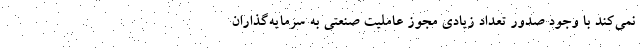
نمی‌کند با وجود صدور تعداد زیادی مجوز عاملیت صنعتی به سرمایه‌گذاران